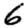
Digit: 6